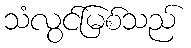
သံလွင်မြစ်သည်